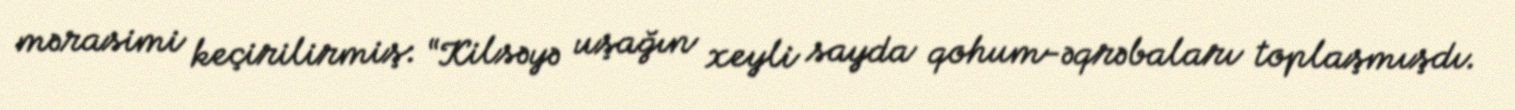
mərasimi keçirilirmiş: “Kilsəyə uşağın xeyli sayda qohum-əqrəbaları toplaşmışdı.